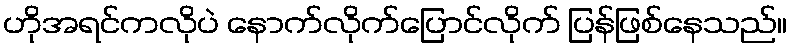
ဟိုအရင်ကလိုပဲ နောက်လိုက်ပြောင်လိုက် ပြန်ဖြစ်နေသည်။